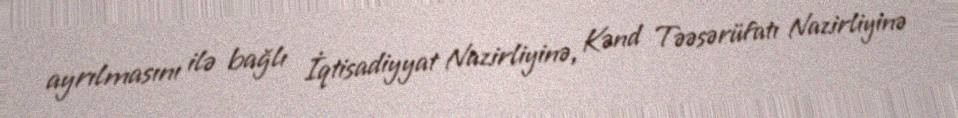
ayrılmasını ilə bağlı İqtisadiyyat Nazirliyinə, Kənd Təəsərüfatı Nazirliyinə